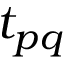
t _ { p q }